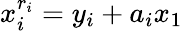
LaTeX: x_{i}^{r_{i}}=y_{i}+a_{i}x_{1}